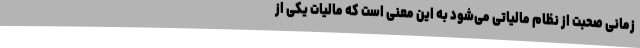
زمانی صحبت از نظام مالیاتی می‌شود به این معنی است که مالیات یکی از